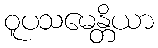
ဝူပသမေန္တိယာ